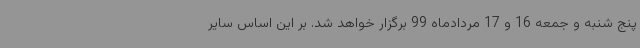
پنج شنبه و جمعه 16 و 17 مردادماه 99 برگزار خواهد شد. بر این اساس سایر